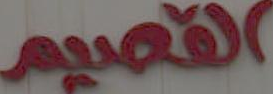
القصيم